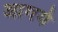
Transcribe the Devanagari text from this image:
आगये